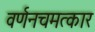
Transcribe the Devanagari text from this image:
वर्णनचमत्कार